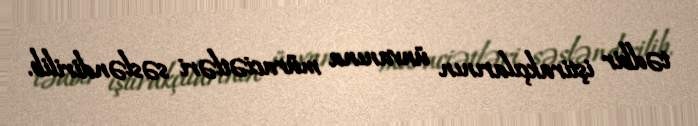
tədbir iştirakçılarının ünvanına müraciətləri səsləndirilib.